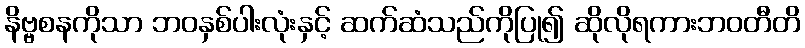
နိဗ္ဗစနကိုသာ ဘဝနှစ်ပါးလုံးနှင့် ဆက်ဆံသည်ကိုပြု၍ ဆိုလိုရကားဘဝတီတိ